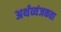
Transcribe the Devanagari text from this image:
अर्थव्यंजकता